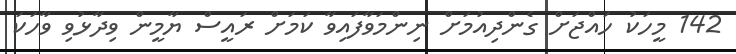
142 މީހަކު ހައްޖަށް ގެންދިއުމަށް ނިންމަވާފައިވާ ކަމަށް ރައީސް ޔާމީން ވިދާޅުވި ވާހަކަ